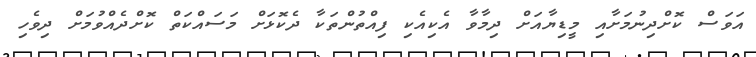
އަވަސް ކޮށްދިނުމަށާއި މީޑިޔާއަށް ދިމާވާ އެކިއެކި ފިއްތުންތަކާ ދެކޮޅަށް މަސައްކަތް ކޮށްދެއްވުމަށް ދިވެހި